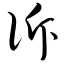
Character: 诉